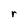
Character: r